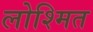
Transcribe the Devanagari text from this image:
लोश्मित